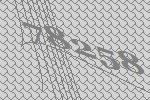
78258